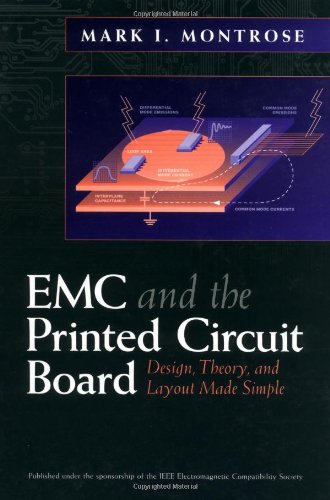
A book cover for Emc & the Printed Circuit Board: Design, Theory, & Layout Made Simple; Mark I. Montrose; Science & Math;